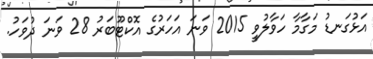
އަޅުގަނޑު މަގާމާ ހަވާލުވީ 2015 ވަނަ އަހަރުގެ އޮކްޓޫބަރު 28 ވަނަ ދުވަހު.